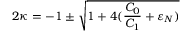
2 \kappa = - 1 \pm { \sqrt { 1 + 4 ( \frac { C _ { 0 } } { C _ { 1 } } + \varepsilon _ { N } ) } }